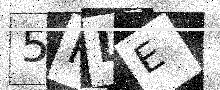
Text: 5RLE